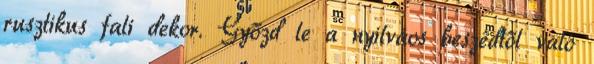
rusztikus fali dekor. Győzd le a nyilváos beszédtől való